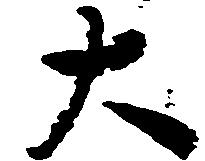
大